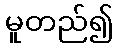
မူတည်၍